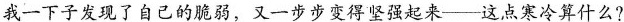
我一下子发现了自己的脆弱，又一步步变得坚强起来--这点寒冷算什么?